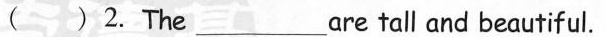
( )2.The___are tall and beautiful.